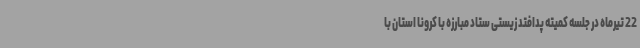
22 تیرماه در جلسه کمیته پدافتد زیستی ستاد مبارزه با کرونا استان با